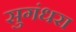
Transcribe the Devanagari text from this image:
सुगंधरा